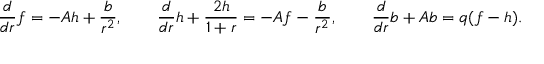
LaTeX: \frac { d } { d r } f = - A h + { \frac { b } { r ^ { 2 } } } , \qquad \frac { d } { d r } h + \frac { 2 h } { 1 + r } = - A f - { \frac { b } { r ^ { 2 } } } , \qquad \frac { d } { d r } b + A b = q ( f - h ) .